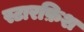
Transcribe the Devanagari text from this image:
स्टारफ़िश